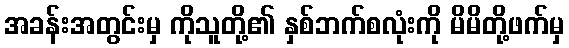
အခန်းအတွင်းမှ ကိုသူတို့၏ နှစ်ဘက်စလုံးကို မိမိတို့ဖက်မှ